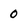
Character: 0